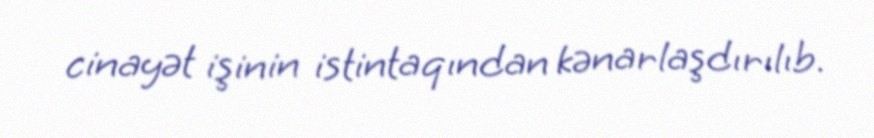
cinayət işinin istintaqından kənarlaşdırılıb.